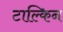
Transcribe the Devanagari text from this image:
टाल्किन